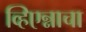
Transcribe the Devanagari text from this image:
व्हिएन्नाचा